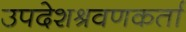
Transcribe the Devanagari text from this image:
उपदेशश्रवणकर्ता